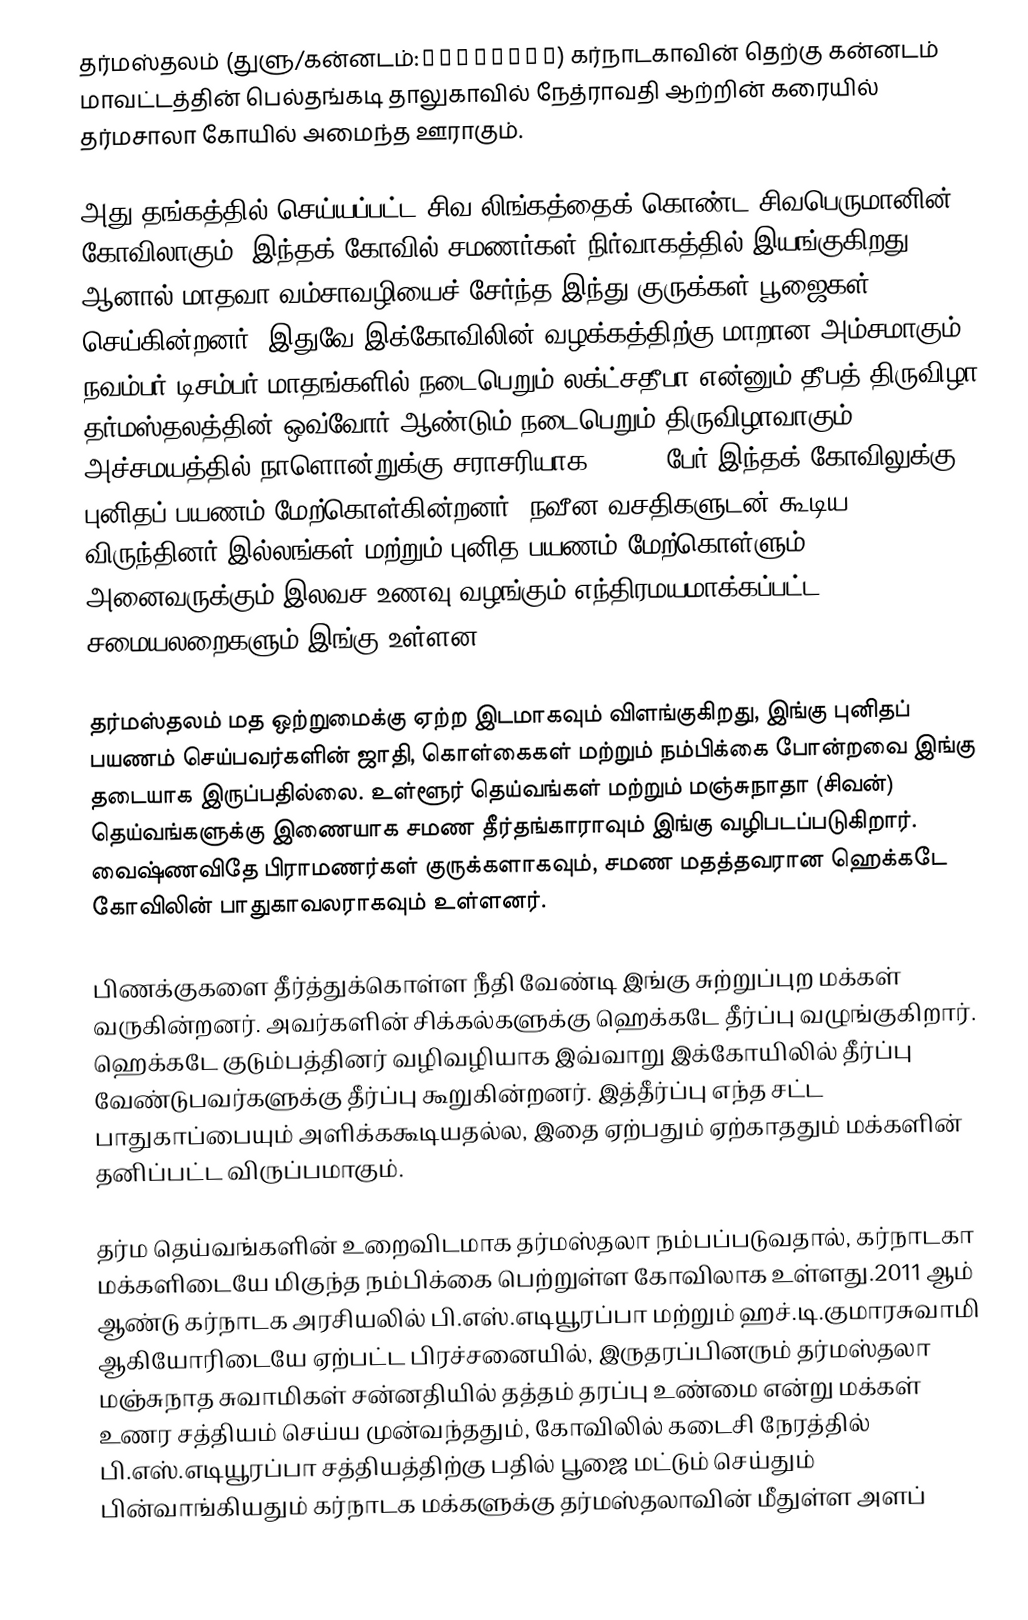
தர்மஸ்தலம் (துளு/கன்னடம்:ಧರ್ಮಸ್ಥಳ) கர்நாடகாவின் தெற்கு கன்னடம் மாவட்டத்தின் பெல்தங்கடி தாலுகாவில் நேத்ராவதி ஆற்றின் கரையில் தர்மசாலா கோயில் அமைந்த ஊராகும்.

அது தங்கத்தில் செய்யப்பட்ட சிவ லிங்கத்தைக் கொண்ட சிவபெருமானின் கோவிலாகும். இந்தக் கோவில் சமணர்கள் நிர்வாகத்தில் இயங்குகிறது. ஆனால் மாதவா வம்சாவழியைச் சேர்ந்த இந்து குருக்கள் பூஜைகள் செய்கின்றனர். இதுவே இக்கோவிலின் வழக்கத்திற்கு மாறான அம்சமாகும். நவம்பர்-டிசம்பர் மாதங்களில் நடைபெறும் லக்‌ட்சதீபா என்னும் தீபத் திருவிழா தர்மஸ்தலத்தின் ஒவ்வோர் ஆண்டும் நடைபெறும் திருவிழாவாகும். அச்சமயத்தில் நாளொன்றுக்கு சராசரியாக 10,000 பேர் இந்தக் கோவிலுக்கு புனிதப் பயணம் மேற்கொள்கின்றனர். நவீன வசதிகளுடன் கூடிய விருந்தினர் இல்லங்கள் மற்றும் புனித பயணம் மேற்கொள்ளும் அனைவருக்கும் இலவச உணவு வழங்கும் எந்திரமயமாக்கப்பட்ட சமையலறைகளும் இங்கு உள்ளன.

தர்மஸ்தலம் மத ஒற்றுமைக்கு ஏற்ற இடமாகவும் விளங்குகிறது, இங்கு புனிதப் பயணம் செய்பவர்களின் ஜாதி, கொள்கைகள் மற்றும் நம்பிக்கை போன்றவை இங்கு தடையாக இருப்பதில்லை. உள்ளூர் தெய்வங்கள் மற்றும் மஞ்சுநாதா (சிவன்) தெய்வங்களுக்கு இணையாக சமண தீர்தங்காராவும் இங்கு வழிபடப்படுகிறார். வைஷ்ணவிதே பிராமணர்கள் குருக்களாகவும், சமண மதத்தவரான ஹெக்கடே கோவிலின் பாதுகாவலராகவும் உள்ளனர்.

பிணக்குகளை தீர்த்துக்கொள்ள நீதி வேண்டி இங்கு சுற்றுப்புற மக்கள் வருகின்றனர். அவர்களின் சிக்கல்களுக்கு ஹெக்கடே தீர்ப்பு வழுங்குகிறார். ஹெக்கடே குடும்பத்தினர் வழிவழியாக இவ்வாறு இக்கோயிலில் தீர்ப்பு வேண்டுபவர்களுக்கு தீர்ப்பு கூறுகின்றனர். இத்தீர்ப்பு எந்த சட்ட பாதுகாப்பையும் அளிக்ககூடியதல்ல, இதை ஏற்பதும் ஏற்காததும் மக்களின் தனிப்பட்ட விருப்பமாகும்.

தர்ம தெய்வங்களின் உறைவிடமாக தர்மஸ்தலா நம்பப்படுவதால், கர்நாடகா மக்களிடையே மிகுந்த நம்பிக்கை பெற்றுள்ள கோவிலாக உள்ளது.2011 ஆம் ஆண்டு கர்நாடக அரசியலில் பி.எஸ்.எடியூரப்பா மற்றும் ஹச்.டி.குமாரசுவாமி ஆகியோரிடையே ஏற்பட்ட பிரச்சனையில், இருதரப்பினரும் தர்மஸ்தலா மஞ்சுநாத சுவாமிகள் சன்னதியில் தத்தம் தரப்பு உண்மை என்று மக்கள் உணர சத்தியம் செய்ய முன்வந்ததும், கோவிலில் கடைசி நேரத்தில் பி.எஸ்.எடியூரப்பா சத்தியத்திற்கு பதில் பூஜை மட்டும் செய்தும் பின்வாங்கியதும் கர்நாடக மக்களுக்கு தர்மஸ்தலாவின் மீதுள்ள அளப்